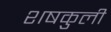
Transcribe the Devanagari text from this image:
शषकुली